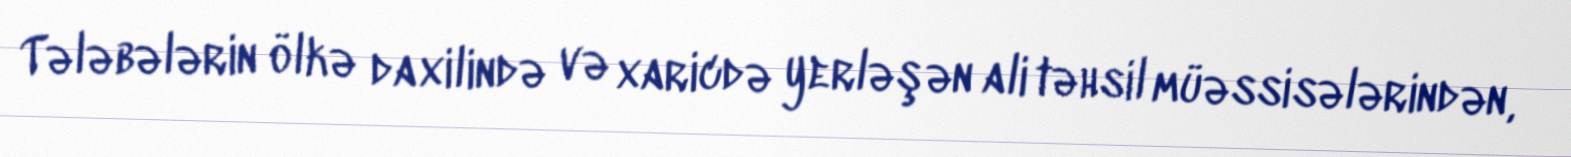
Tələbələrin ölkə daxilində və xaricdə yerləşən ali təhsil müəssisələrindən,